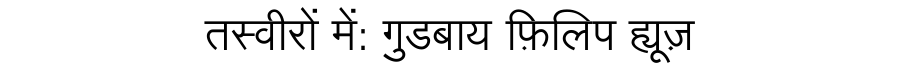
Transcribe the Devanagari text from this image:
तस्वीरों में: गुडबाय फ़िलिप ह्यूज़